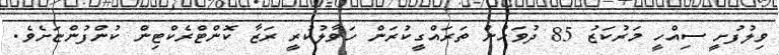
ވިލުފުށީ ސިއްހީ މަރުކަޒު 85 ދުވަހުން ތަރައްގީކުރަން ހަވާލުކުރީ ރަޒާ ކޮންޓްރެކްޓިން ކުންފުންޏަށެވެ.